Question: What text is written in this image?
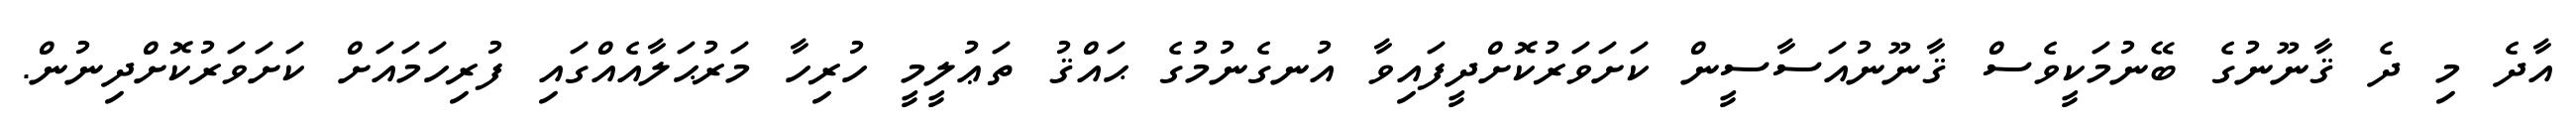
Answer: އާދެ މި ދެ ޤާނޫނުގެ ބޭނުމަކީވެސް ޤާނޫނުއަސާސީން ކަށަވަރުކޮށްދީފައިވާ އުނގެނުމުގެ ޙައްޤު ތަޢުލީމީ ހުރިހާ މަރުޙަލާއެއްގައި ފުރިހަމައަށް ކަށަވަރުކޮށްދިނުން.